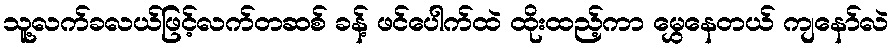
သူ့လက်ခလယ်ဖြင့်လက်တဆစ် ခန့် ဖင်ပေါက်ထဲ ထိုးထည့်ကာ မွှေနေတယ် ကျနော်လဲ